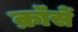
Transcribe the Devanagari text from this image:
क्रॉसें